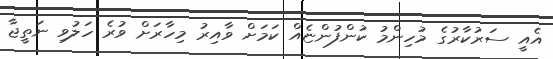
އެއީ ސަރުކާރުގެ މުހިންމު ކުންފުންޏެއް ކަމަށް ވާއިރު މިހާރަށް ވުރެ ހަލުވި ނަތީޖާ